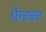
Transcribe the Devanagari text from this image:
फेचबच